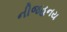
નીજહનય